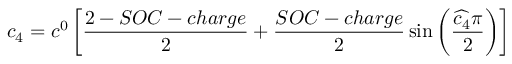
c _ { 4 } = c ^ { 0 } \left[ \frac { 2 - S O C - c h a r g e } { 2 } + \frac { S O C - c h a r g e } { 2 } \sin \left( \frac { \widehat { c _ { 4 } } \pi } { 2 } \right) \right]